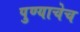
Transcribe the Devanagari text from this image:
पुण्याचेच